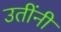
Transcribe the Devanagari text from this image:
उतींनी